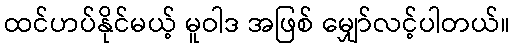
ထင်ဟပ်နိုင်မယ့် မူဝါဒ အဖြစ် မျှော်လင့်ပါတယ်။